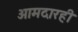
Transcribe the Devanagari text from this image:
आमदारही